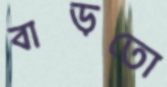
বাড়তো